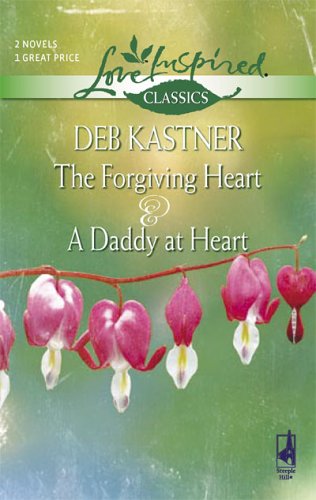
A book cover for The Forgiving Heart / A Daddy at Heart (Love Inspired Classics); Deb Kastner; Religion & Spirituality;